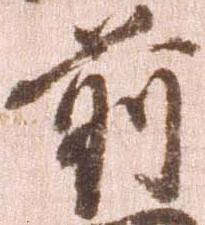
前